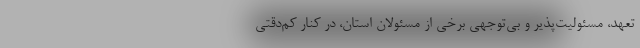
تعهد، مسئولیت‌پذیر و بی‌توجهی برخی از مسئولان استان، در کنار کم‌دقتی